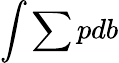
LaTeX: \int\sum pdb